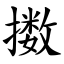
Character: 擞